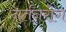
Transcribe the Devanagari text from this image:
नर्तनरोग